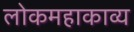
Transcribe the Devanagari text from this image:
लोकमहाकाव्य